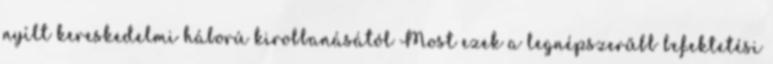
nyílt kereskedelmi háború kirobbanásától Most ezek a legnépszerűbb befektetési